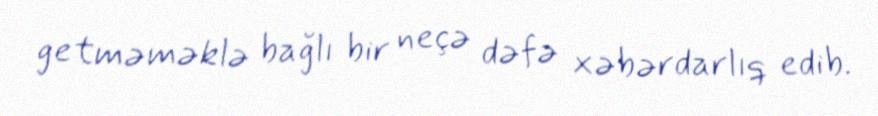
getməməklə bağlı bir neçə dəfə xəbərdarlıq edib.